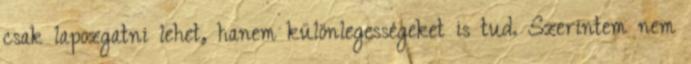
csak lapozgatni lehet, hanem különlegességeket is tud. Szerintem nem